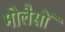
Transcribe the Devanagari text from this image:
मोलैसों